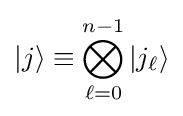
|j\rangle \equiv \bigotimes _{\ell =0}^{n-1}|j_{\ell }\rangle